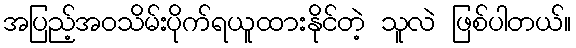
အပြည့်အဝသိမ်းပိုက်ရယူထားနိုင်တဲ့ သူလဲ ဖြစ်ပါတယ်။